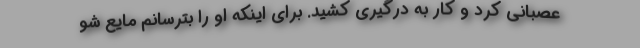
عصبانی کرد و کار به درگیری کشید. برای اینکه او را بترسانم مایع شو